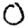
Digit: 0